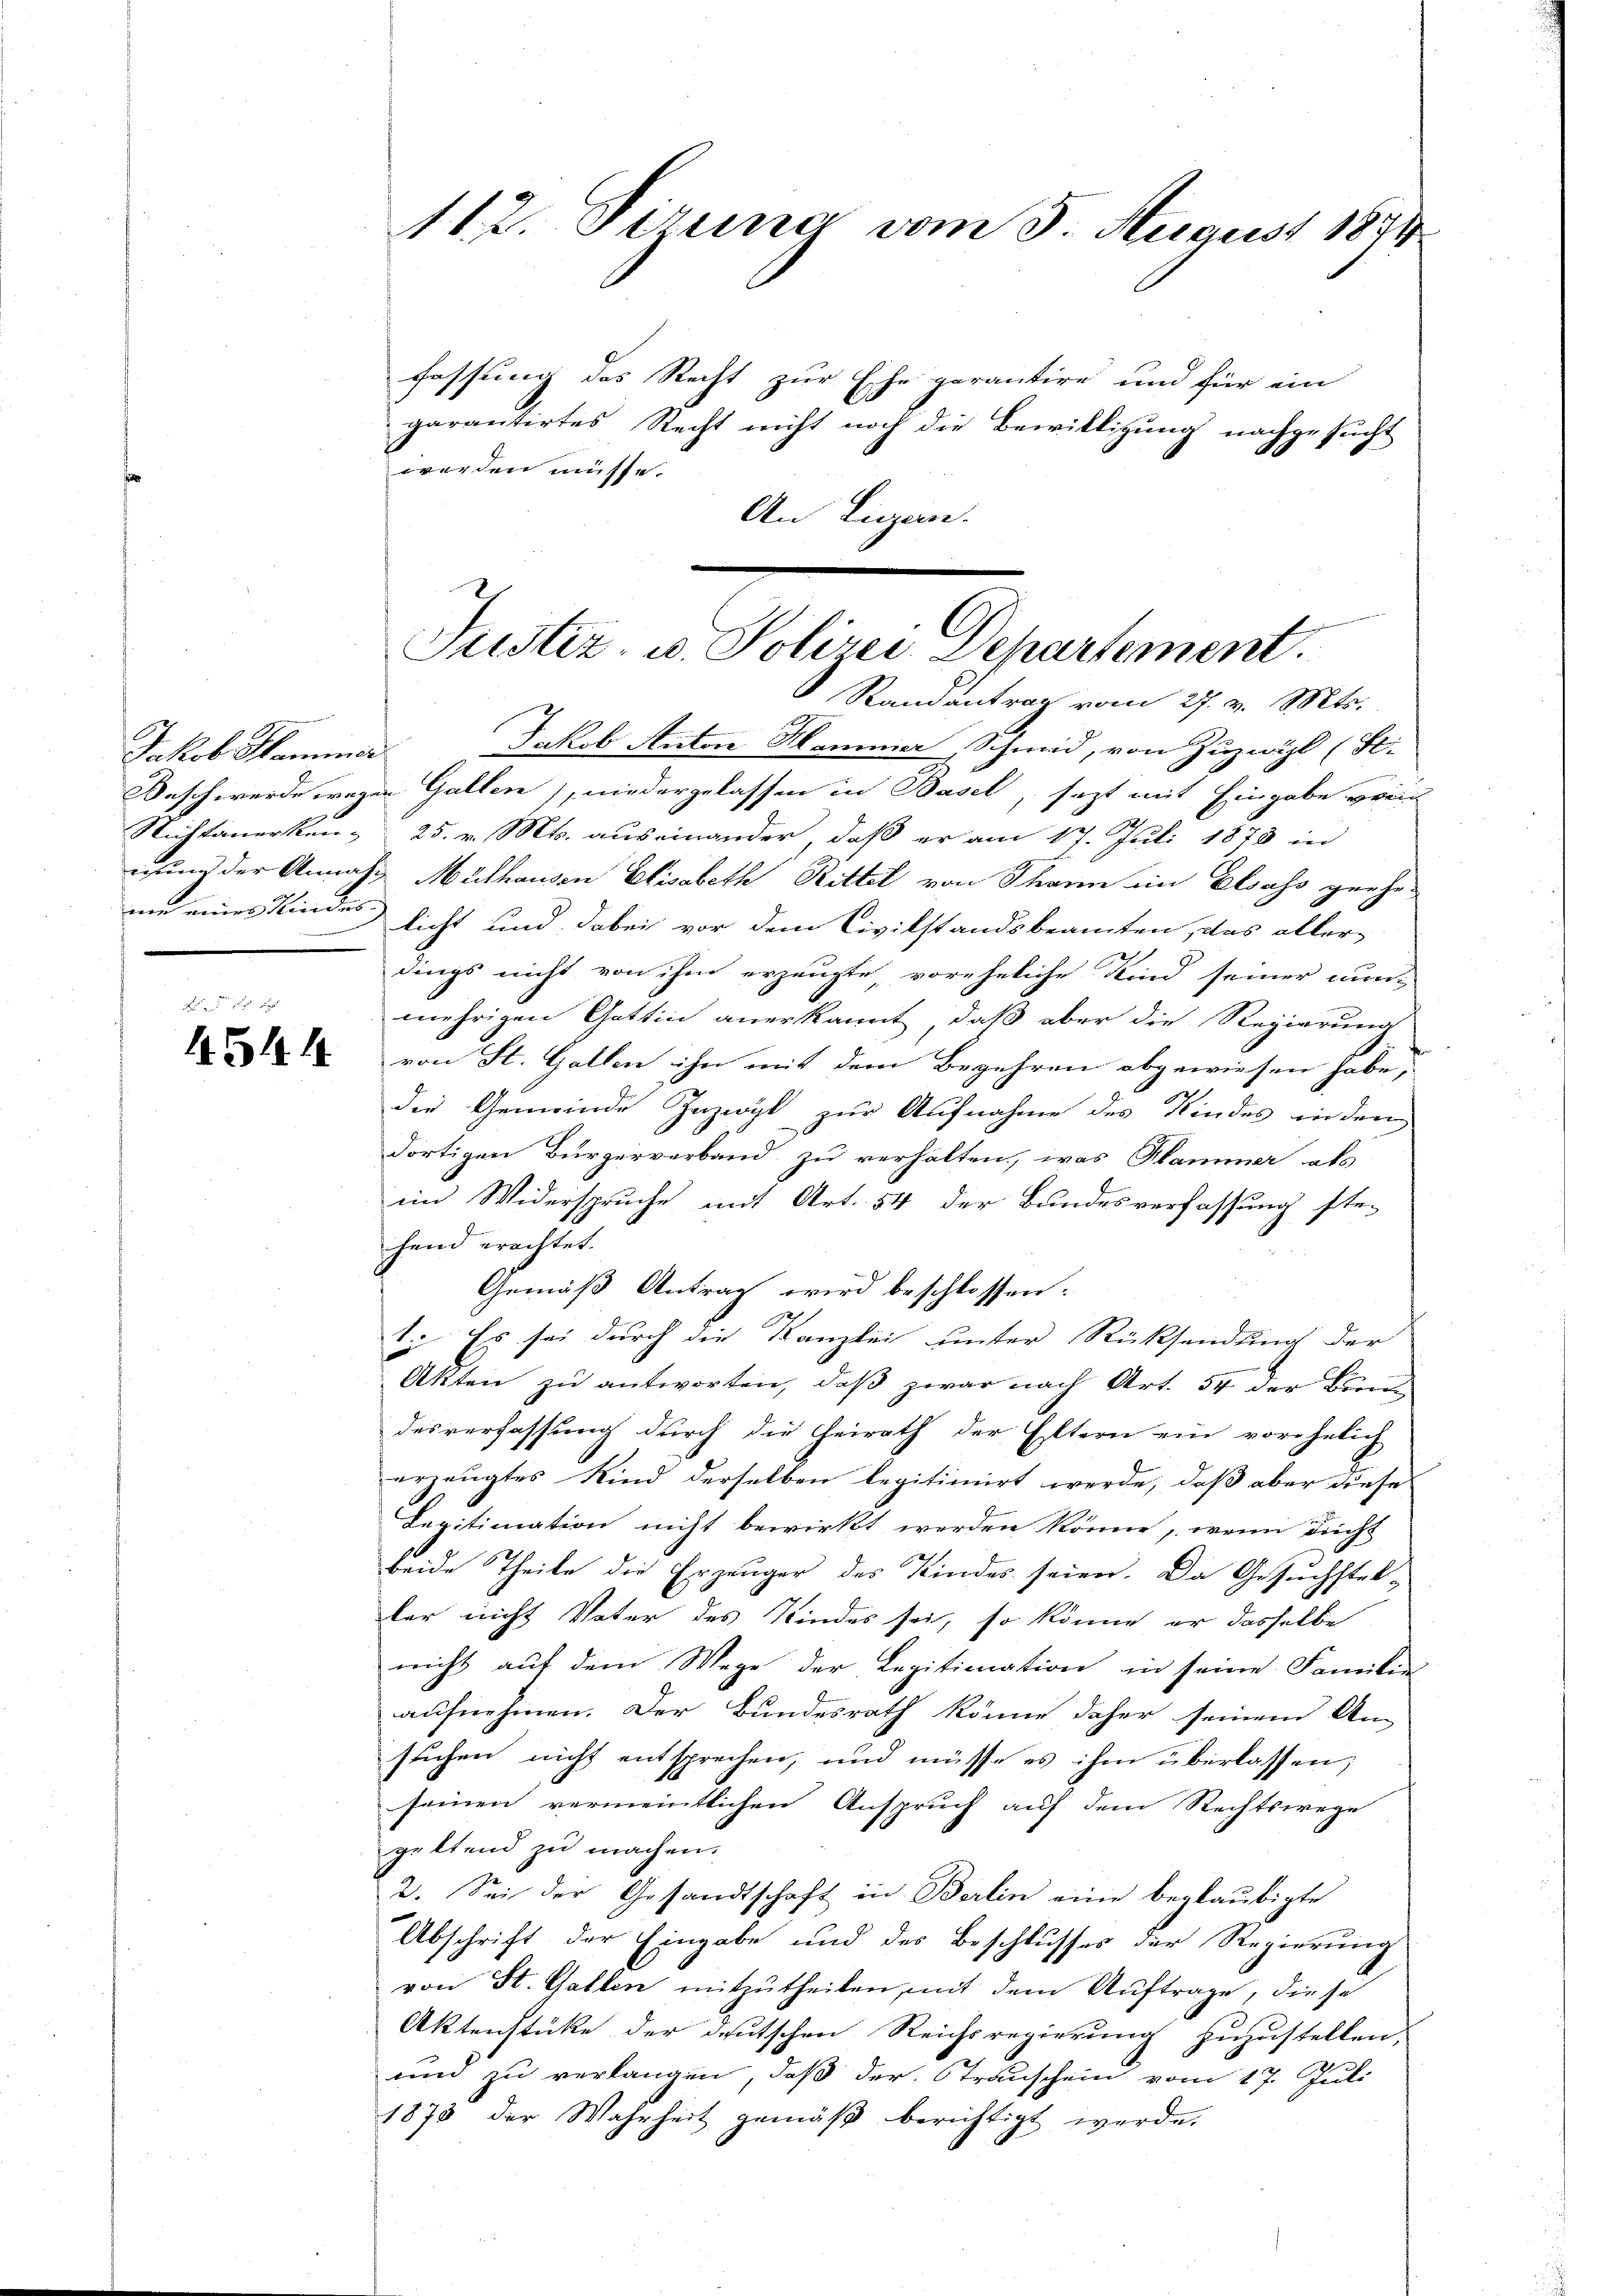
satel dema

4544

112. Dirung vom 3. August 1891

fassung des Recht zur Ehe gerantire und für ein
garantirtes Recht nicht noch die Bewilligung nachgesucht
werden müsse.
An Ligan.

Justiz- u. Polizei Departement.

Randantrag vom 27. v. Mts.
Jakob Anton Hammer, Schmid, von Zuzwil (S.
Waschwerde wegen Gallen, niedergelassen in Basel, setzt mit Eingabe vori
Nichtanerken 25. v. Mts. auseinander, daß er am 17. Juli 1878 in
nung der Annahm Mülhausen Elisabeth Rittel von Thann im Elsass geehr
um eines Kindes) sicht und dabei vor dem Civilstandsbeamten, das aller-
dings nicht von ihm erzeugte, voreheliche Kind seiner nun-
mehrigen Gattin anerkannt, daß aber die Regierung
von St. Gallen ihn mit dem Begehren abgewiesen habe,
die Gemeinde Inzwyl zur Aufnahme des Kindes in den
dortigen Bürgerverband zu verhalten, was Hammer als
im Widerspruche mit Art. 54 der Bundesverfassung ste-
hand erachtet.
Gemäß Antrag wird beschlossen:
1. Es sei durch die Kanzlei unter Rücksendung der
Akten zu antworten, daß zwar nach Art. 54 der Bien-
desverfassung durch die Heirath der Eltern ein vorehelich
erzeugtes Kind derselben legitimirt werde, daß aber diese
Legitimation nicht bewirkt werden könne, wenn nicht
beide Theile die Erzeuger des Kindes seien. Da Gesuchstel-
lar nicht Vater des Kindes sei, so könne er dasselbe
nicht auf dem Wege der Legitimation in seine Familie
aufnehmen. Der Bundesrath könne daher seinem Un-
suchen nicht entsprechen, und müsse es ihm überlassen,
seinen vermeintlichen Anspruch auf dem Rechtswege
geltend zu machen.
2. Sei der Gesandtschaft in Berlin eine beglaubigte
Abschrift der Eingabe und des Beschlusses der Regierung
von St. Gallen mitzutheilen, mit dem Auftrage, diese
Aktenstücke der deutschen Reichsregierung zuzustellen,
und zu verlangen, daß der Stranschein vom 17. Juli
1873 der Wahrheit gemäβ berichtigt werde.